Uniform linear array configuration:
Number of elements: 4
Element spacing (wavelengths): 0.5
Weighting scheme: hamming
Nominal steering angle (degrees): -45
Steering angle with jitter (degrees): -44.4
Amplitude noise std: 0.05
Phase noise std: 0.05

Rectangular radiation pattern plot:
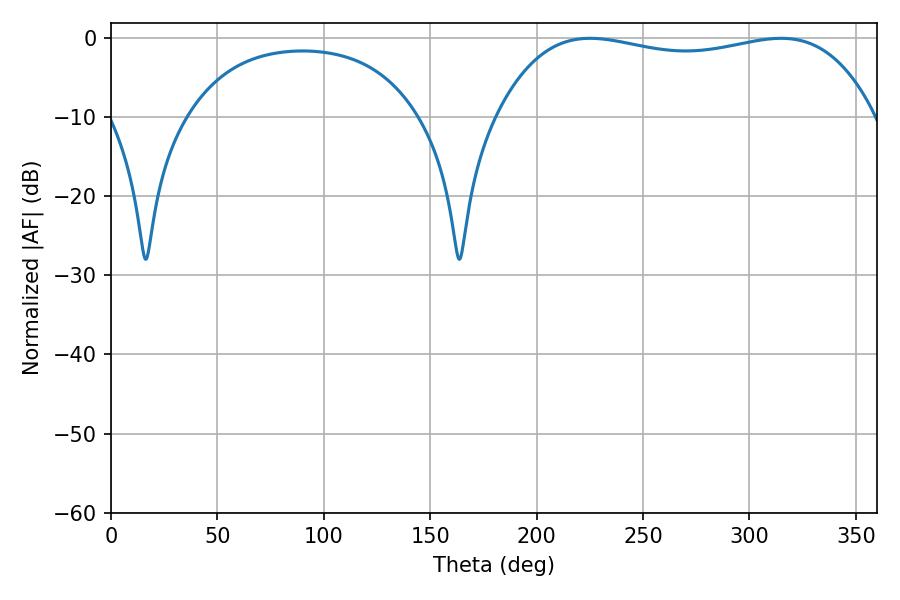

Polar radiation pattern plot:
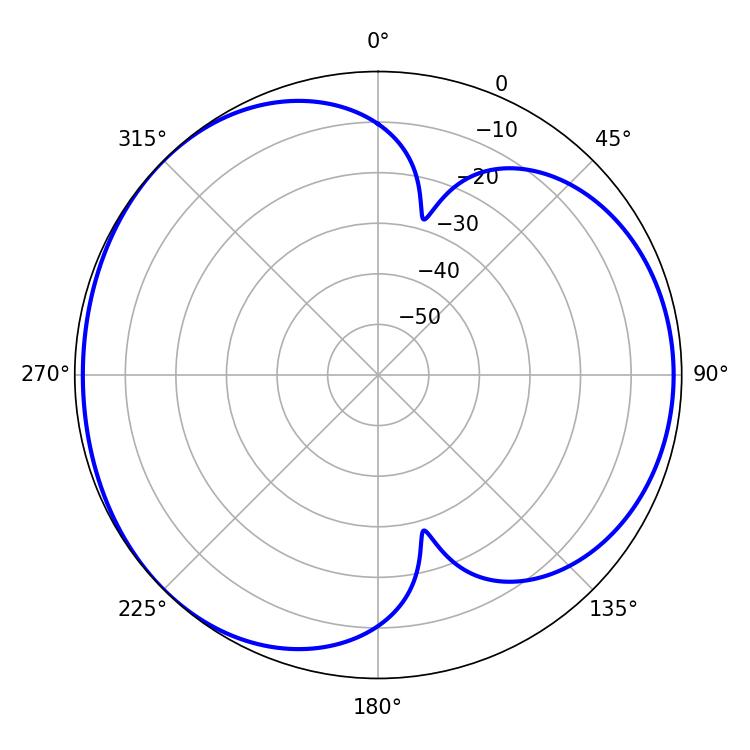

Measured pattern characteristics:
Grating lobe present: FALSE
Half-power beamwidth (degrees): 143.28
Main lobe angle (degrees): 225.18